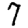
Digit: 7